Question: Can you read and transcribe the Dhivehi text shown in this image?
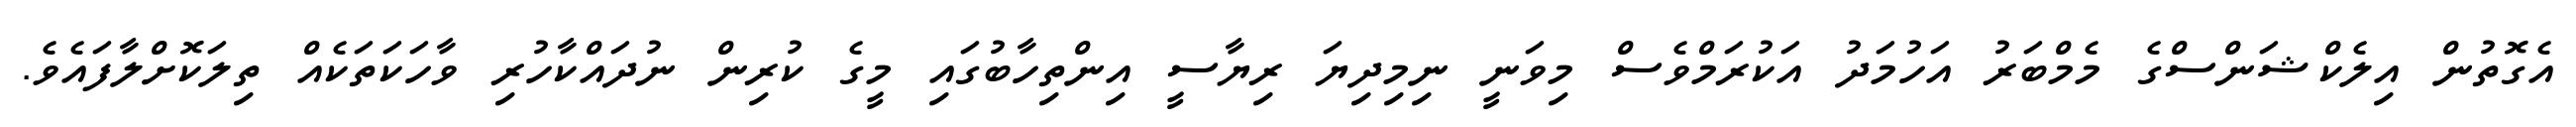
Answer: އެގޮތުން އިލެކްޝަންސްގެ މެމްބަރު އަހުމަދު އަކުރަމްވެސް މިވަނީ ނިމިދިޔަ ރިޔާސީ އިންތިހާބުގައި މީގެ ކުރިން ނުދައްކާހުރި ވާހަކަތަކެއް ތިލަކޮށްލާފައެވެ.